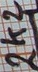
Text: 2k2